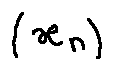
( x _ { n } )